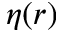
\eta ( r )